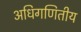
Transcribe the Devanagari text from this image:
अधिगणितीय